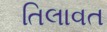
તિલાવત